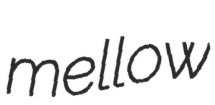
mellow